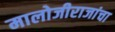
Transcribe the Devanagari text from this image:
मालोजीराजांचा